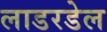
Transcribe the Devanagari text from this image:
लाडरडेल